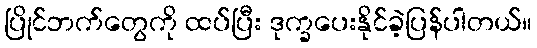
ပြိုင်ဘက်တွေကို ထပ်ပြီး ဒုက္ခပေးနိုင်ခဲ့ပြန်ပါတယ်။